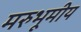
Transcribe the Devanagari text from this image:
मरुभूमीय